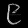
Digit: ၉